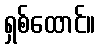
ရှစ်ထောင်။